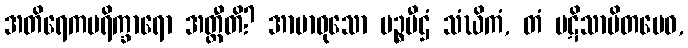
အတိရေကပရိက္ခာရော အတ္ထီတိ? အာမာဝုသော မဉ္စပီဌံ သံဃိကံ, တံ ပဋိသာမိတမေဝ,